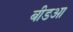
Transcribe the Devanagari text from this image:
बीडआ